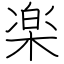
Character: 楽